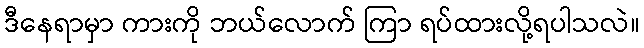
ဒီနေရာမှာ ကားကို ဘယ်လောက် ကြာ ရပ်ထားလို့ရပါသလဲ။